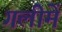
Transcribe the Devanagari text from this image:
गलीमें